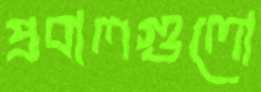
প্রবালগুলো